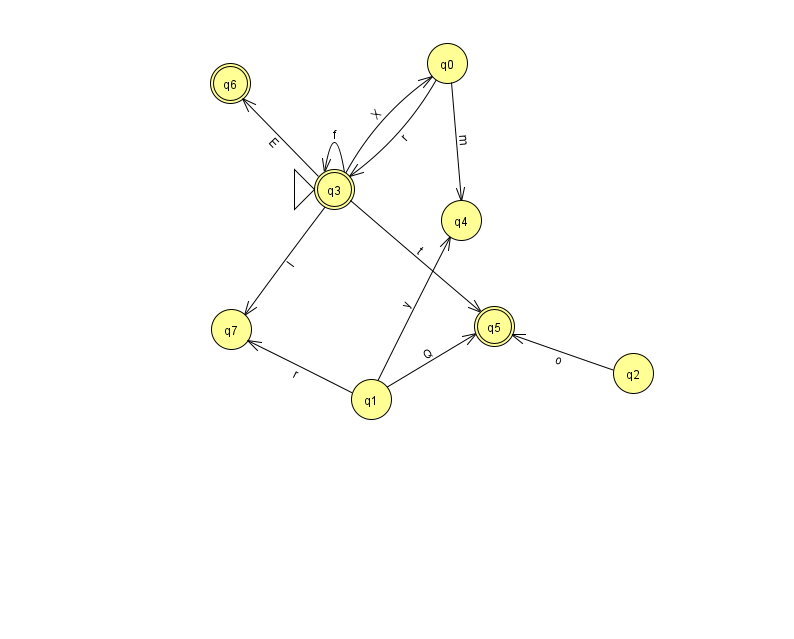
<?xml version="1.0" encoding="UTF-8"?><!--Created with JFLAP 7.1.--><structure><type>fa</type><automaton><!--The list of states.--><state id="0" name="q0"><x>447.0</x><y>50.0</y></state><state id="1" name="q1"><x>371.0</x><y>386.0</y></state><state id="2" name="q2"><x>633.0</x><y>360.0</y></state><state id="3" name="q3"><x>334.0</x><y>176.0</y><initial/><final/></state><state id="4" name="q4"><x>461.0</x><y>207.0</y></state><state id="5" name="q5"><x>494.0</x><y>313.0</y><final/></state><state id="6" name="q6"><x>230.0</x><y>70.0</y><final/></state><state id="7" name="q7"><x>231.0</x><y>316.0</y></state><!--The list of transitions.--><transition><from>3</from><to>0</to><read>X</read></transition><transition><from>2</from><to>5</to><read>o</read></transition><transition><from>1</from><to>5</to><read>Q</read></transition><transition><from>3</from><to>3</to><read>f</read></transition><transition><from>3</from><to>6</to><read>E</read></transition><transition><from>0</from><to>4</to><read>m</read></transition><transition><from>3</from><to>5</to><read>t</read></transition><transition><from>0</from><to>3</to><read>r</read></transition><transition><from>3</from><to>7</to><read>l</read></transition><transition><from>1</from><to>4</to><read>y</read></transition><transition><from>1</from><to>7</to><read>r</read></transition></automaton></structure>